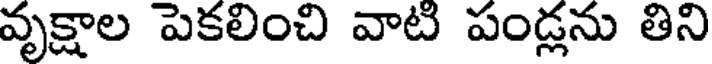
వృక్షాల పెకలించి వాటి పండ్లను తిని